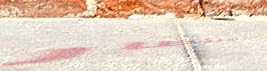
الرجاء الانتظار